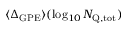
\langle \Delta _ { \mathrm { G P E } } \rangle ( \log _ { 1 0 } \ensuremath { N _ { \mathrm { Q , t o t } } } )